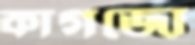
কাগজো